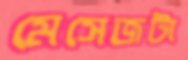
মেসেজটা